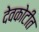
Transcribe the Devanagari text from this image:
देवकोटीत